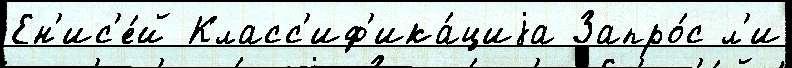
Ен'ис'е́й Класс'иф'ика́циjа Запро́с л'и